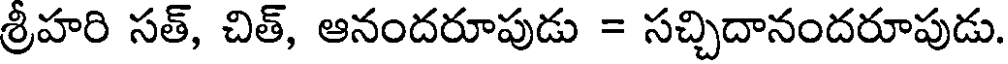
శ్రీహరి సత్, చిత్, ఆనందరూపుడు = సచ్చిదానందరూపుడు.